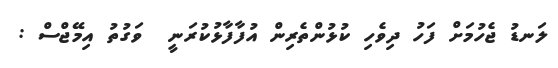
ލަނޑު ޖެހުމަށް ފަހު ދިވެހި ކުޅުންތެރިން އުފާފާޅުކުރަނީ  ވަގުތު އިމޭޖްސް :